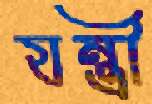
যন্ত্রী